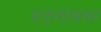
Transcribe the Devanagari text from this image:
वडगांववर